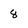
Character: 8